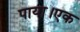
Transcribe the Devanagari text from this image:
पाया।एक